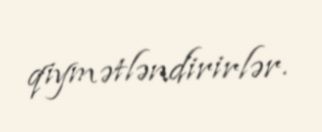
qiymətləndirirlər.